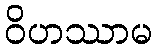
ဝိဟဿာမ